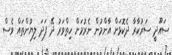
ސައޫދީ ސަރުކާރާ ދެކޮޅަށް އާންމުން ނެރުމަށް ހިތްވަރު ދޭ ފަދަ ލިޔުންތައް ވެސް